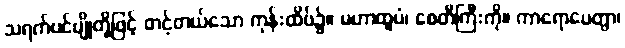
သရက်ပင်ပျိုတို့ဖြင့် တင့်တယ်သော ကုန်းထိပ်၌။ မဟာထူပံ၊ စေတီကြီးကို။ ကာရောပေတွာ၊